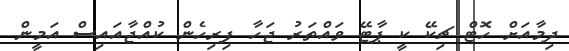
ދިމާއަށް ހޮޓް ޗިކޭ ކީ ޕާޓޭ ވައްތަރު ޖަހާ ފިރިހެން ކުއްޖާއައިސް އަމީން